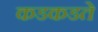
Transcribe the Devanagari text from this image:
कडकडते